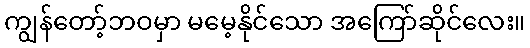
ကျွန်တော့်ဘဝမှာ မမေ့နိုင်သော အကြော်ဆိုင်လေး။